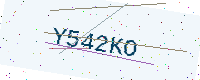
Text: Y542KO